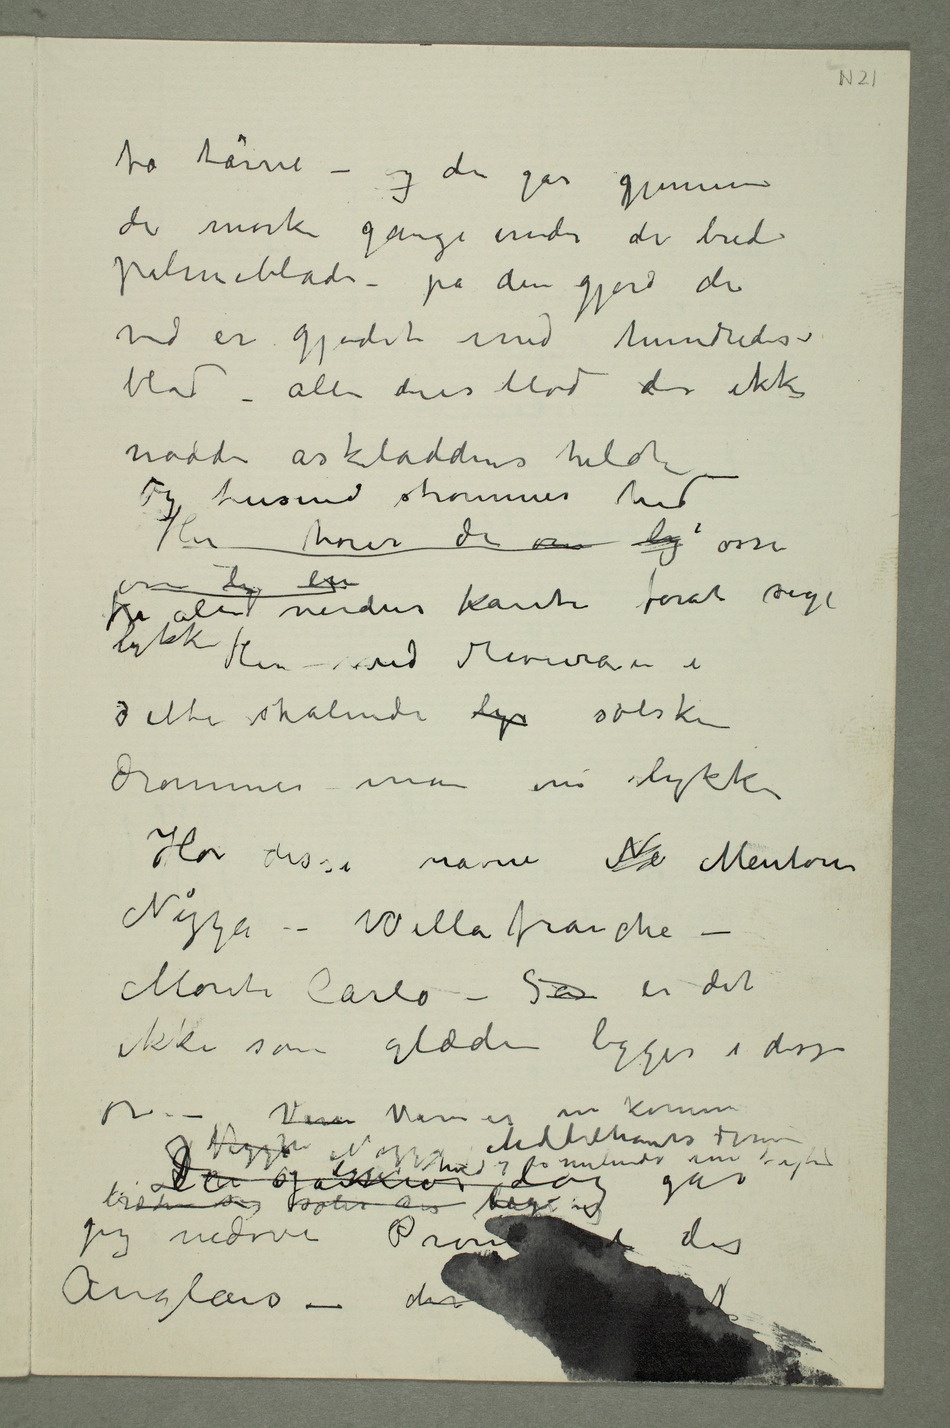
to tårne –
du går gjennem
de mørke gange under de brede
palmeblade – på den gjord du
ved er gjødet med hundredes
blod – alle deres Mod der ikke
hadde askeladdens held
Og tusind strømmer hid
Her hører de over om  osså
lykke Her ved Rivieraen i
dette strålende lys solskin
drømmer man om lykke
Hør disse navne Ne Menton
Nizza – Villa franche –
Monte Carlo – Så er det
ikke som glæden ligger i disse
or –  Man er nu kommen
jeg jeg nedover Promenade des